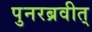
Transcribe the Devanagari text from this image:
पुनरब्रवीत्